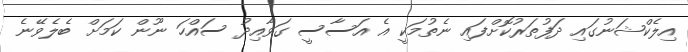
އިލެކްޝަނުގައި ދަފުތަރުކޮށްފައި ނެތުމަކީ އެ އަސާސީ ގަވާއިދު ސައްހަ ނޫން ކަމަށް ބެލެވޭނެ